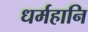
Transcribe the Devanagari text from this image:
धर्महानि